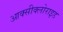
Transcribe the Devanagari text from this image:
आक्सीक्लोराइड